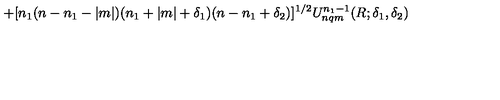
+ [ n _ { 1 } ( n - n _ { 1 } - | m | ) ( n _ { 1 } + | m | + \delta _ { 1 } ) ( n - n _ { 1 } + \delta _ { 2 } ) ] ^ { 1 / 2 } U _ { n q m } ^ { n _ { 1 } - 1 } ( R ; \delta _ { 1 } , \delta _ { 2 } )